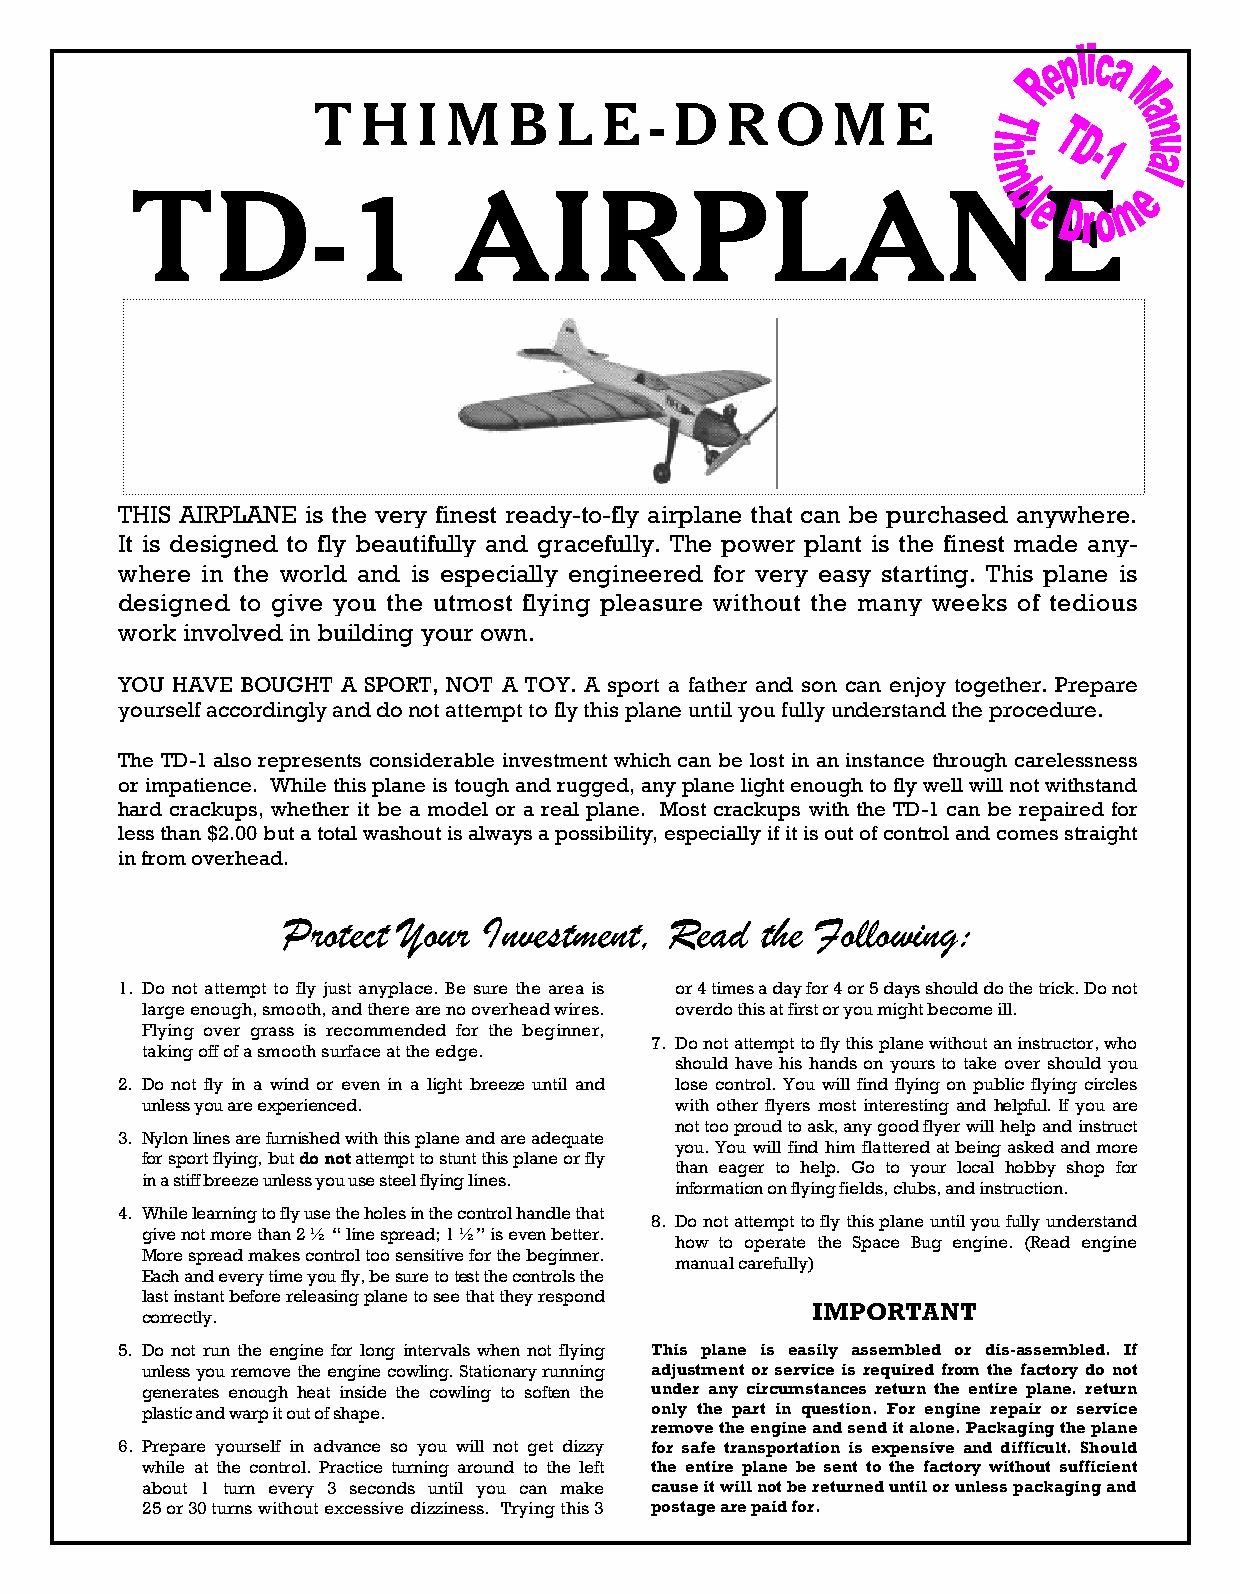
T  H   I M   B  L  E  - D  R  O   M   E
 TD-1                 AIRPLANE
 THIS AIRPLANE is the very finest ready-to-fly airplane that can be purchased anywhere.
 It is designed to fly beautifully and gracefully. The power plant is the finest made any-
 where in the world and is especially engineered for very easy starting. This plane is
 designed to give you the utmost flying pleasure without the many weeks of tedious
 work involved in building your own.
 YOU HAVE BOUGHT A SPORT, NOT A TOY. A sport a father and son can enjoy together. Prepare
 yourself accordingly and do not attempt to fly this plane until you fully understand the procedure.
 The TD-1 also represents considerable investment which can be lost in an instance through carelessness
 or impatience. While this plane is tough and rugged, any plane light enough to fly well will not withstand
 hard crackups, whether it be a model or a real plane. Most crackups with the TD-1 can be repaired for
 less than $2.00 but a total washout is always a possibility, especially if it is out of control and comes straight
 in from overhead.
 Protect Your Investment, Read  the Following:
 1. Do not attempt to fly just anyplace. Be sure the area is or 4 times a day for 4 or 5 days should do the trick. Do not
 large enough, smooth, and there are no overhead wires. overdo this at first or you might become ill.
 Flying over grass is recommended for the beginner,
 7. Do not attempt to fly this plane without an instructor, who
 taking off of a smooth surface at the edge.
 should have his hands on yours to take over should you
 2. Do not fly in a wind or even in a light breeze until and lose control. You will find flying on public flying circles
 unless you are experienced.         with other flyers most interesting and helpful. If you are
 not too proud to ask, any good flyer will help and instruct
 3. Nylon lines are furnished with this plane and are adequate
 you. You will find him flattered at being asked and more
 for sport flying, but do not attempt to stunt this plane or fly
 than eager to help. Go to your local hobby shop for
 in a stiff breeze unless you use steel flying lines.
 information on flying fields, clubs, and instruction.
 4. While learning to fly use the holes in the control handle that
 8. Do not attempt to fly this plane until you fully understand
 give not more than 2 ½ “ line spread; 1 ½” is even better.
 how to operate the Space Bug engine. (Read engine
 More spread makes control too sensitive for the beginner.
 manual carefully)
 Each and every time you fly, be sure to test the controls the
 last instant before releasing plane to see that they respond
 IMPORTANT
 correctly.
 5. Do not run the engine for long intervals when not flying This plane is easily assembled or dis-assembled. If
 unless you remove the engine cowling. Stationary running adjustment or service is required from the factory do not
 generates enough heat inside the cowling to soften the under any circumstances return the entire plane. return
 plastic and warp it out of shape. only the part in question. For engine repair or service
 remove the engine and send it alone. Packaging the plane
 6. Prepare yourself in advance so you will not get dizzy for safe transportation is expensive and difficult. Should
 while at the control. Practice turning around to the left the entire plane be sent to the factory without sufficient
 about 1 turn every 3 seconds until you can make cause it will not be returned until or unless packaging and
 25 or 30 turns without excessive dizziness. Trying this 3 postage are paid for.